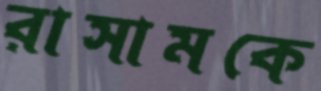
রাসামকে